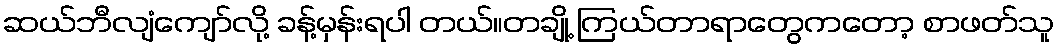
ဆယ်ဘီလျံကျော်လို့ ခန့်မှန်းရပါ တယ်။တချို့ ကြယ်တာရာတွေကတော့ စာဖတ်သူ